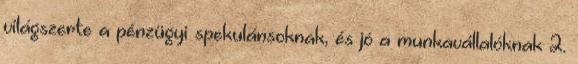
világszerte a pénzügyi spekulánsoknak, és jó a munkavállalóknak 2.